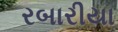
રબારીયા